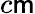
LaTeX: c\mathsf{m}